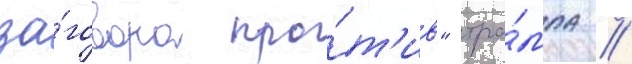
за́говора про́т'ив" тра́мпа //